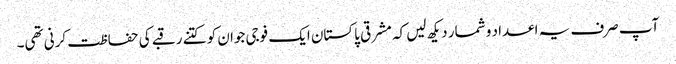
آپ صرف یہ اعداد و شمار دیکھ لیں کہ مشرقی پاکستان ایک فوجی جوان کو کتنے رقبے کی حفاظت کرنی تھی۔